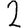
Digit: 2